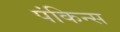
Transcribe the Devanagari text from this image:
पंकिन्स